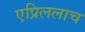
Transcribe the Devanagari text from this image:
एप्रिललाच